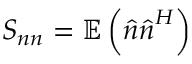
\boldsymbol { S _ { n n } } = \mathbb { E } \left( \boldsymbol { \hat { n } } \boldsymbol { \hat { n } } ^ { H } \right)